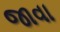
જાવા